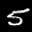
Label: 5